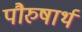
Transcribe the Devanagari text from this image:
पौरुषार्थ